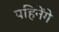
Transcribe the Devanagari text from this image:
पहिनेंगे